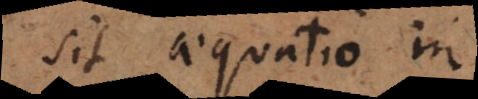
sit aequatio in